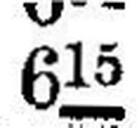
615